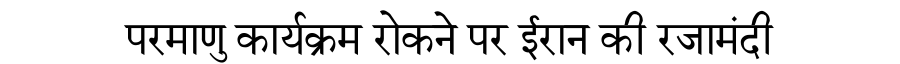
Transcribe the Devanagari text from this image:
परमाणु कार्यक्रम रोकने पर ईरान की रजामंदी